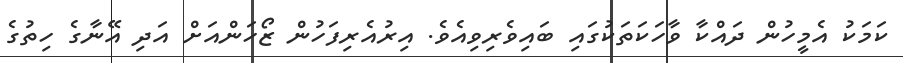
ކަމަކު އެމީހުން ދައްކާ ވާހަކަތަކުގައި ބައިވެރިވިއެވެ. އިރުއެރިފަހުން ޒޯހަންއަށް އަދި އޭނާގެ ހިތުގެ